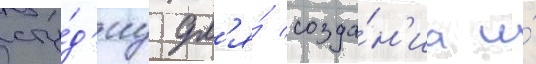
сту́д'иу дл'я́ созда́н'иа и́